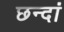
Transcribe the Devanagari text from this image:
छन्दां